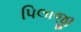
પિલાજી